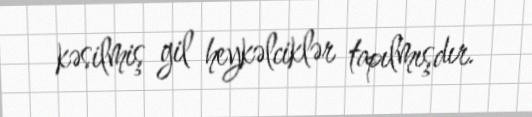
kəsilmiş gil heykəlciklər tapılmışdır.